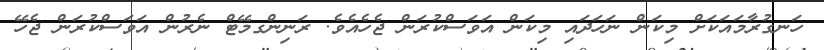
ހަނގުރާމައަކަށް މިކަން ނަހަދައި މިކަން އަވަސްކުރަން ޖެހެއެވެ. ރަނިންގމޭޓް ނެރުން އަވަސްކުރަން ޖެހޭ